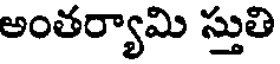
అంతర్యామి స్తుతి